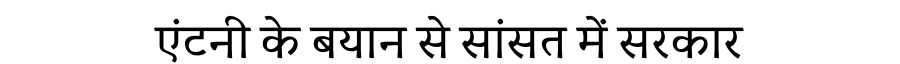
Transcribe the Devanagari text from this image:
एंटनी के बयान से सांसत में सरकार